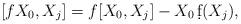
LaTeX: \begin{align*}[fX_0,X_j]=f[X_0,X_j]-X_0\,\d f(X_j),\end{align*}